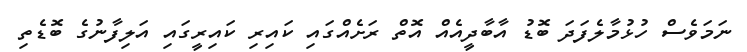
ނަމަވެސް ހުޅުމާލެފަދަ ބޮޑު އާބާދީއެއް އޮތް ރަށެއްގައި ކައިރި ކައިރީގައި އަލިފާނުގެ ބޮޑެތި